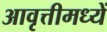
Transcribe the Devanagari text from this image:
आवृत्तीमध्यें